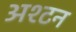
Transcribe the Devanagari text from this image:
अश्टन